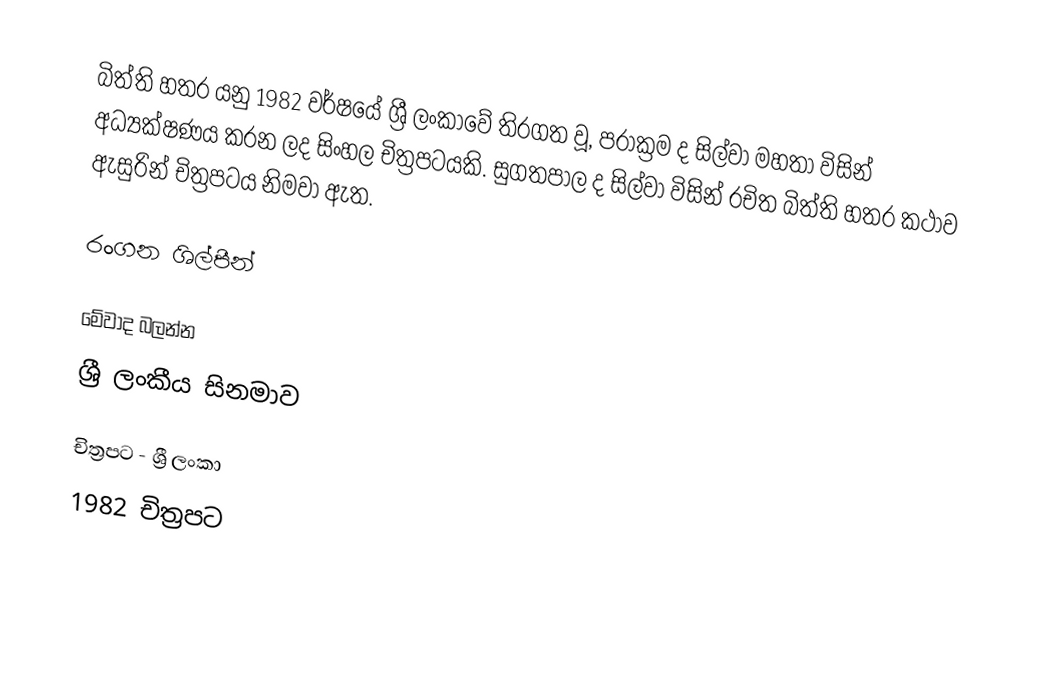
බිත්ති හතර යනු 1982 වර්ෂයේ ශ්‍රී ලංකාවේ තිරගත වූ, පරාක්‍රම ද සිල්වා මහතා විසින් අධ්‍යක්ෂණය කරන ලද සිංහල චිත්‍රපටයකි. සුගතපාල ද සිල්වා විසින් රචිත බිත්ති හතර කථාව ඇසුරින් චිත්‍රපටය නිමවා ඇත.

රංගන ශිල්පීන්

මේවාද බලන්න
ශ්‍රී ලංකීය සිනමාව

චිත්‍රපට - ශ්‍රී ලංකා
1982 චිත්‍රපට